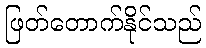
ဖြတ်တောက်နိုင်သည်